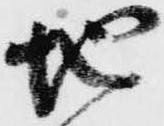
地